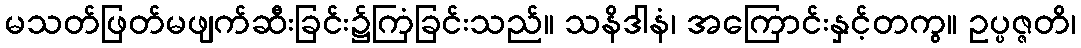
မသတ်ဖြတ်မဖျက်ဆီးခြင်း၌ကြံခြင်းသည်။ သနိဒါနံ၊ အကြောင်းနှင့်တကွ။ ဥပ္ပဇ္ဇတိ၊